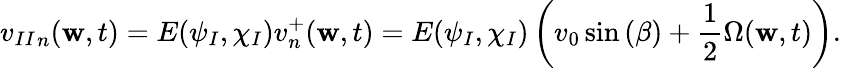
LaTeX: {v_{II}}_{n}(\mathbf{w},t)=E(\psi_{I},\chi_{I}){v}_{n}^{+}(\mathbf{w},t)=E(\psi_{I},\chi_{I})\left(v_{0}\sin{(\beta)}+\frac{{1}}{{2}}\Omega(\mathbf{w},t)\right).